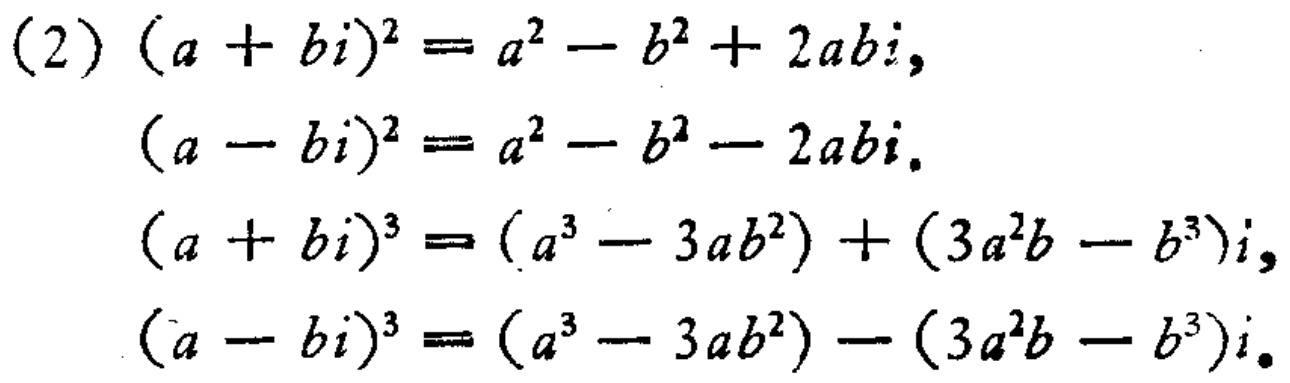
\begin{align*}

(2)\quad(a + bi)^2&= a^2 - b^2 + 2abi,\\

(a - bi)^2&= a^2 - b^2 - 2abi.\\

(a + bi)^3&=(a^3 - 3ab^2)+(3a^2b - b^3)i,\\

(a - bi)^3&=(a^3 - 3ab^2)-(3a^2b - b^3)i.

\end{align*}